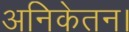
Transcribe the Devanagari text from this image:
अनिकेतन।